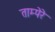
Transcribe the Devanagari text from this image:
ताम्पेरे